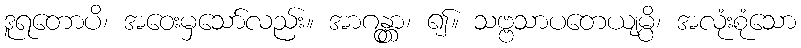
ဒူရတောပိ၊ အဝေးမှသော်လည်း။ အာဂန္တွာ၊ ၍။ သဗ္ဗသာပတေယျမ္ပိ၊ အလုံးစုံသော